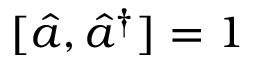
[ \hat { a } , \hat { a } ^ { \dagger } ] = 1